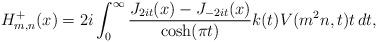
LaTeX: \begin{align*}H_{m, n}^+(x) = 2 i \int_0^\infty \frac{J_{2 i t}(x) - J_{- 2 i t}(x)}{\cosh(\pi t)} k(t) V(m^2 n, t) t \, d t,\end{align*}